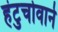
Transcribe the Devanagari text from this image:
हंटुचोवाने